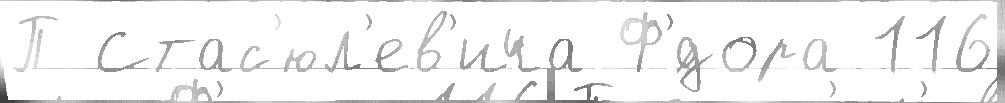
П Стас'юл'ев'ича Ф'́дора 116